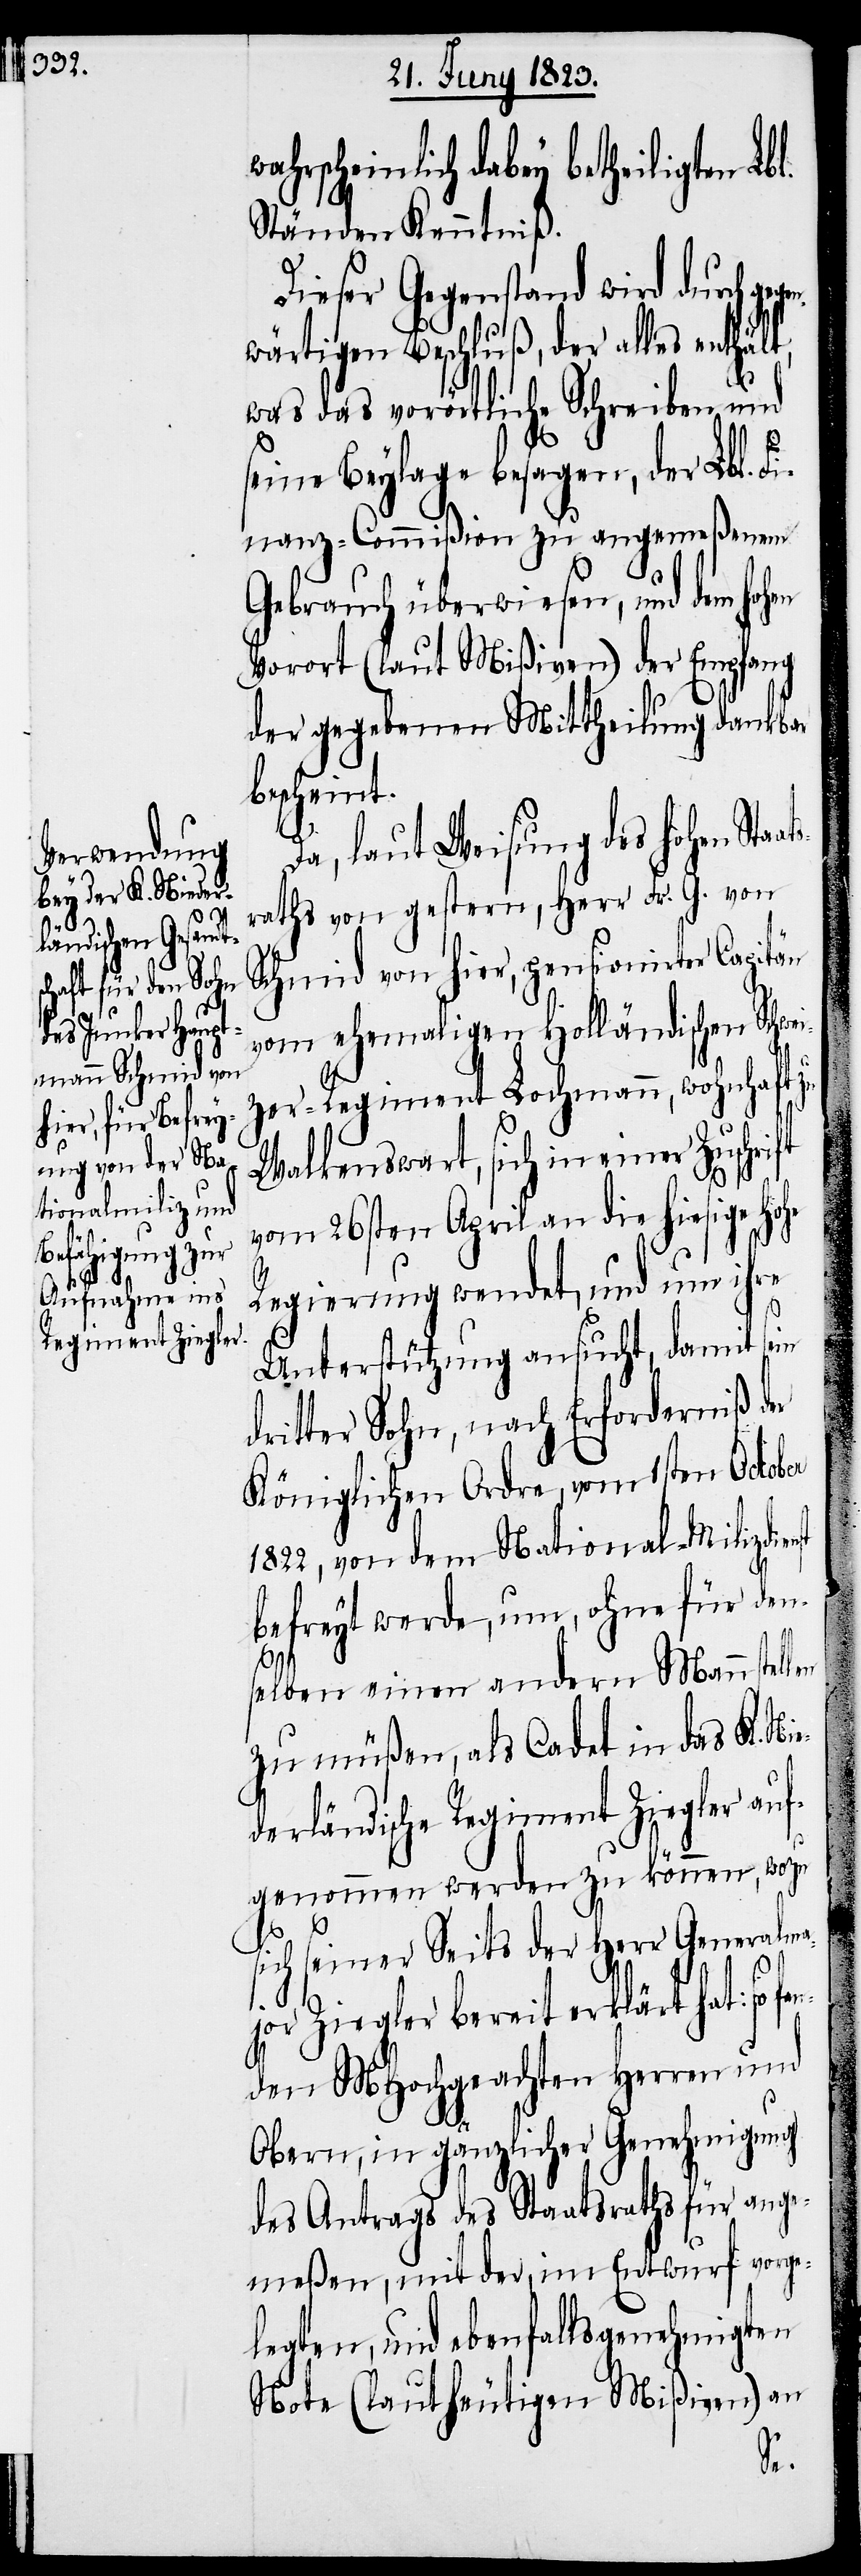
wa¬

hrscheinlich dabey betheiligten Lb¬
Ständen Kenntniß.
Dieser Gegenstand wird durch ge¬
wärtigen Beschluß, der alles enthält,
was das vorörtliche Schreiben und
seine Beylage besagen, der Lbl. Fi¬
nanz-Commißion zu angemeßenem
Gebrauch überwiesen, und dem hohen
Vorort (laut Mißiven) der Empfang
der gegebenen Mittheilung dankbar
bescheint.
Da, laut Weisung des hohen Sta¬
raths von gestern, Herr Fr. G. von
Schmid von hier, pensionirter Capitän
vom ehemaligen Holländischen Schwei¬
zer-Regiment Lochmann, wohnhaft
Walkenswart, sich in einer Zuschrift
vom 26sten April an die hiesige hohe
Regierung wendet, und um ihre
s¬
fan¬
Unterstützung ansucht, damit sein
dritter Sohn, nach Erforderniß der
Königlichen Ordre, vom 1sten October
1822, von dem National-Milizdien¬
befreyt werde, um, ohne für den¬
ats¬
selben einen andern Mann stel¬
zu müßen, als Cadet in das K. Nie¬
derländische Regiment Ziegler auf¬
genommen werden zu können, wozu
ich seiner Seits der Herr Generalma¬
jor Ziegler bereit erklärt hat: so
den MHochgeachten Herren und
Obern, in gänzlicher Genehmigung
des Antrags des Staatsraths für ange¬
meßen, mit der, im Entwurf vorge¬
legten, und ebenfalls genehmigten
ßiven) an
Note (laut heutigen Mi¬
len